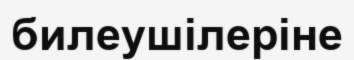
билеушілеріне